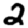
Digit: 2